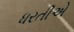
ધરતીએ